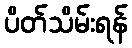
ပိတ်သိမ်းရန်